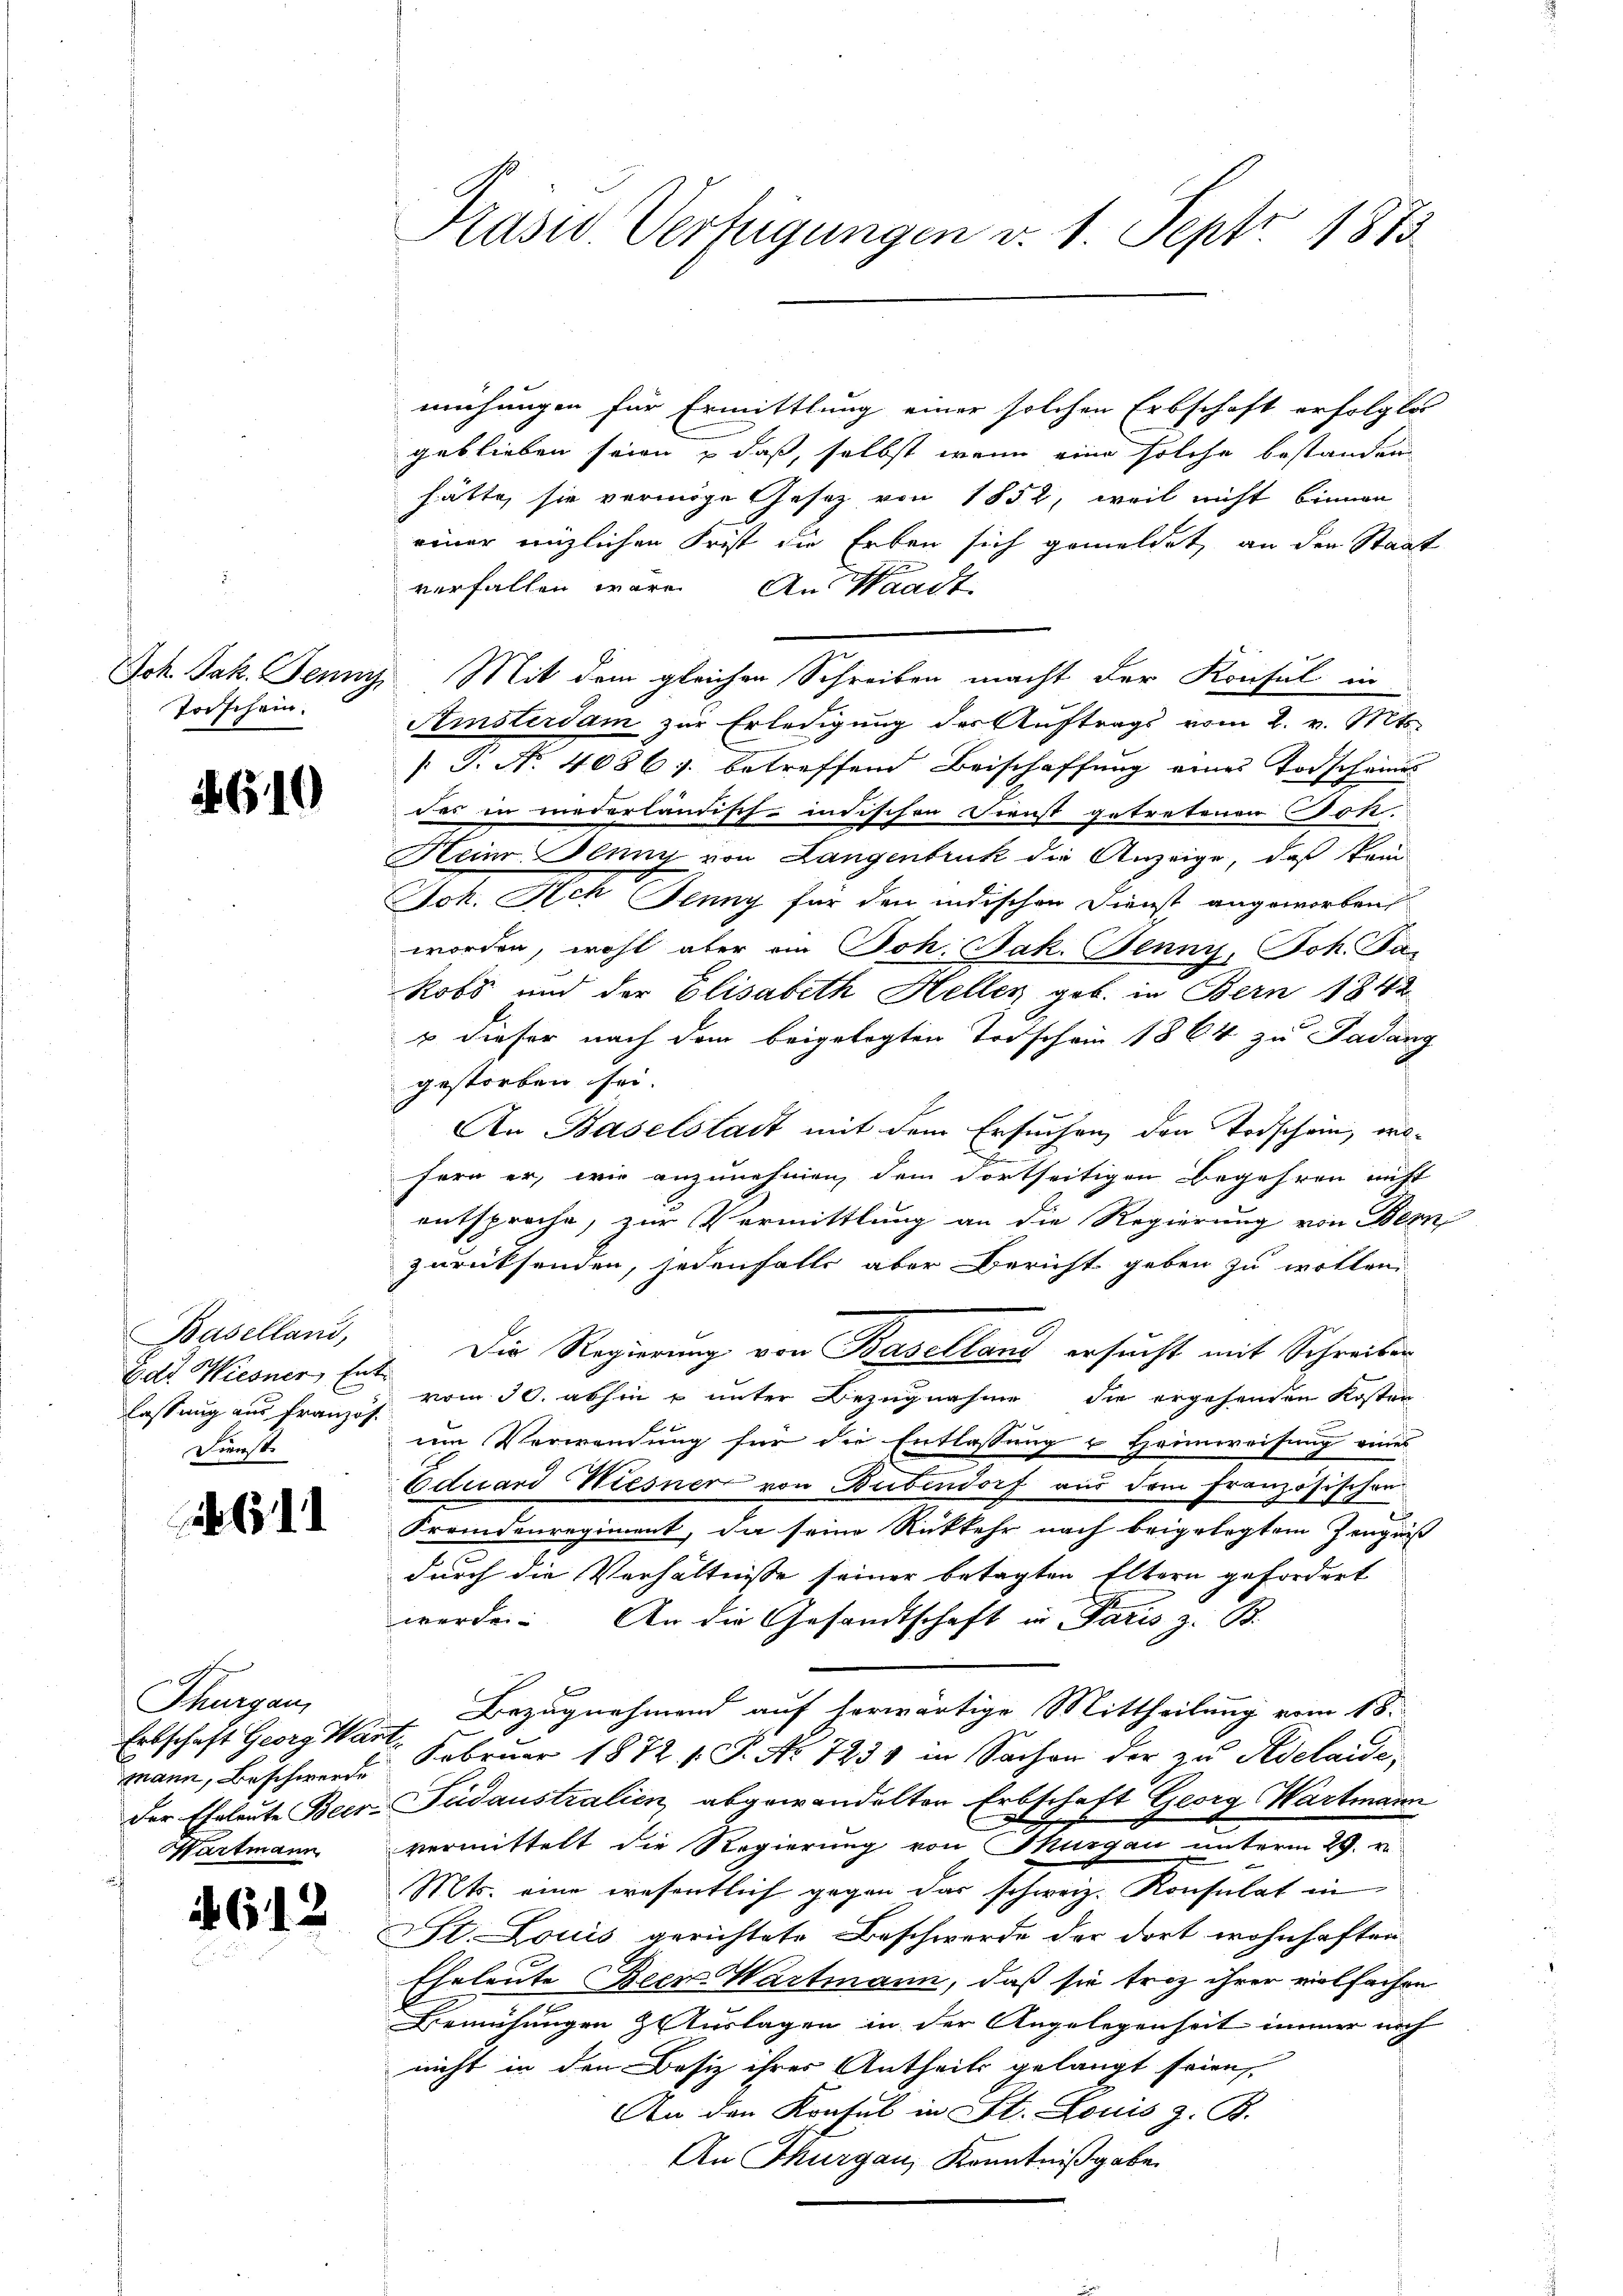
Porschein.

610

Baselland,
Edt Wiesner, Ent¬
Dienst.

311

Thurgau,
mann, Beschwerde
Wartmann

.

.

mühungen für Ermittlung einer solchen Erbschaft erfolgter
geblieben seien & daß, selbst wenn eine solche bestanden
hätte, sie vermöge Gesetz von 1852, weil nicht binnen
einer nützlichen Frist die Erben sich gemeldet, an den Staat
u
verfallen wäre. An Waadt,
Joh. Jak. Jenny Mit dem gleichen Schreiben macht der Konsul in
Amsterdam zur Erledigung der Auftrags vom 2. v. Mts.
[T. No. 4086; betreffend Beischaffung eines Todscheines
des in wiederländisch-indischen Dienst getretenen Jok
Heine Plung von Langenbruk die Anzeige, daß kein
Joh. Ach Juny für den indischen Dienst angeworben
worden, wohl aber ein Joh. Jak. Jenny, Joh. Ja-
Robs und der Elisabeth Heller geb. in Bern 1842
u dieser nach dem beigelegten Todschein 1864 zu Padang
gestorben sei.
An Baselstadt mit dem Ersuchen den Todschein, wo-
fern er, wie anzunehmen, dem Fortseitigen Begehren nicht
entsproche, zur Vermittlung an die Regierung von Bern
zurücksenden, jedenfalls aber Bericht geben zu wollen
Die Regierung von Baselland ersucht mit Schreiben
lassung aus Franzis vom 30. abhin u unter Bezugnahme die ergehenden Kosten
um Verwendung für die Entlassung u Heinweisung eines
Eduard Wiesner von Bubendorf aus dem Französischen
Fremdenregiment, da seine Rückkehr nach beigelegtem Zeugniß
durch die Verhältnisse seiner betagten Eltern gefordert
werde. An die Gesandtschaft in Paris z. B.
Bezugnehmend auf herwärtige Mittheilung vom 18.
Erbschaft Georg einen Februar 1872. 1. P. Nr. 723 in Sachen der zu Adelaide,
Der Eheleute Beer- Pudaustralien abgewandelten Erbschaft Georg Hartmann
vermittelt die Regierung von Thurgau unterm 29. v.
Mts. eine wesentlich gegen das schweiz. Konsulat in
St. Louis gerichtete Beschwerde der dort wohnhaften
Eheleute Beer Wartmann, daß sie froz ihrer vielfachen
Bemühungen Auslagen in der Angelegenheit immer noch
nicht in den Besiz ihrer Antheils gelangt seien,
An den Konsul in St. Louis z. B.
An Thurgau, Kenntnißgabe

Krasw. Verfügungen v. 1. Sept. 1873